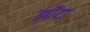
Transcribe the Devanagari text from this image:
झोंटा